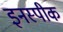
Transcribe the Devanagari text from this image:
इनस्पीक